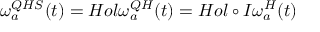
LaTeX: \omega _ { a } ^ { Q H S } ( t ) = H o l \omega _ { a } ^ { Q H } ( t ) = H o l \circ I \omega _ { a } ^ { H } ( t )